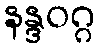
နန္ဒဝဂ္ဂ